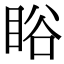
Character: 䀰